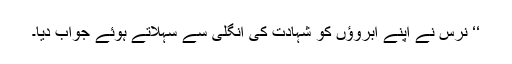
‘‘ نرس نے اپنے ابروؤں کو شہادت کی انگلی سے سہلاتے ہوئے جواب دیا۔